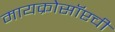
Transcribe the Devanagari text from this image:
मायक्रोसॉप्टची